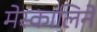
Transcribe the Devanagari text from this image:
मेस्कालिने